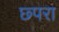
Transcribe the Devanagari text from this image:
छ्परा